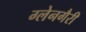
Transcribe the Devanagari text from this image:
ग्लेनगैरी